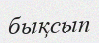
бықсып